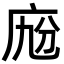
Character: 𢈑